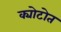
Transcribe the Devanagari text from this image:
क्योटोत